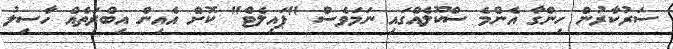
ސަރުކާރުން ހިންގާ އެންމެ ސްކޫލެއްގައި ނަމަވެސް "ޕައިލެޓް" ކޮށް އެއިން އިބްރަތެއް ހާސިލު